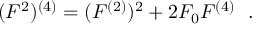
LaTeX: ( F ^ { 2 } ) ^ { ( 4 ) } = ( F ^ { ( 2 ) } ) ^ { 2 } + 2 F _ { 0 } F ^ { ( 4 ) } \ \ .